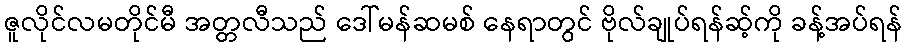
ဇူလိုင်လမတိုင်မီ အတ္တလီသည် ဒေါ်မန်ဆမစ် နေရာတွင် ဗိုလ်ချုပ်ရန်ဆ့်ကို ခန့်အပ်ရန်